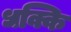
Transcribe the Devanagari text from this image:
धक्कि